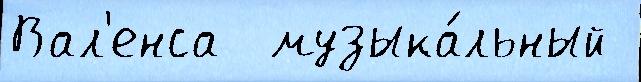
Вал'енса  музыка́льный